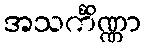
အသင်္ကိဏ္ဏာ